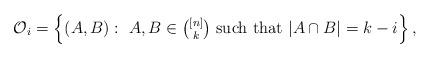
LaTeX: \begin{align*}\mathcal{O}_i = \left\{ (A,B) :\ \mbox{$A,B \in \binom{[n]}{k}$ such that } |A\cap B| = k-i \right\},\end{align*}